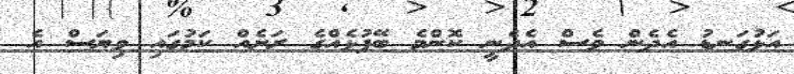
އަޅުގަނޑު އެދެން ވެސް އެދެނީ ކޮންމެ ބޭފުޅެއްގެ ރަށެއް ކަމުގައި ވިޔަސް އެ